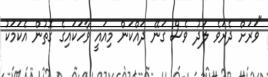
"ވަރަށް ދެރަވެ ލަދު ވެސް ގަނޭ ދައްކަން މިއައީ ވާހަކައިގެ ގޮތުން އެކަމަކު